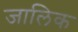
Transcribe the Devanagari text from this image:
जालिक